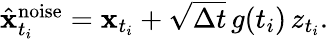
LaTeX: \begin{array}{r}{\hat{\mathbf{x}}_{t_{i}}^{\mathrm{noise}}=\mathbf{x}_{t_{i}}+\sqrt{\Delta t}\, g(t_{i})\, z_{t_{i}}.}\end{array}